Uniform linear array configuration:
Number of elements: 16
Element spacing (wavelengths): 0.75
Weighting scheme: blackman
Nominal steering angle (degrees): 30
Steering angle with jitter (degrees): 30.675
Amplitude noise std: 0.05
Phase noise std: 0.05

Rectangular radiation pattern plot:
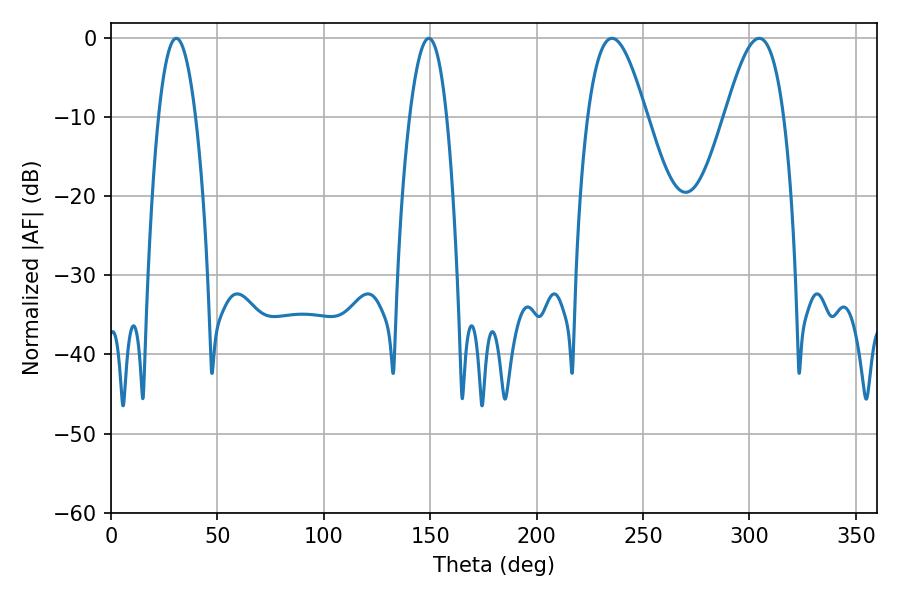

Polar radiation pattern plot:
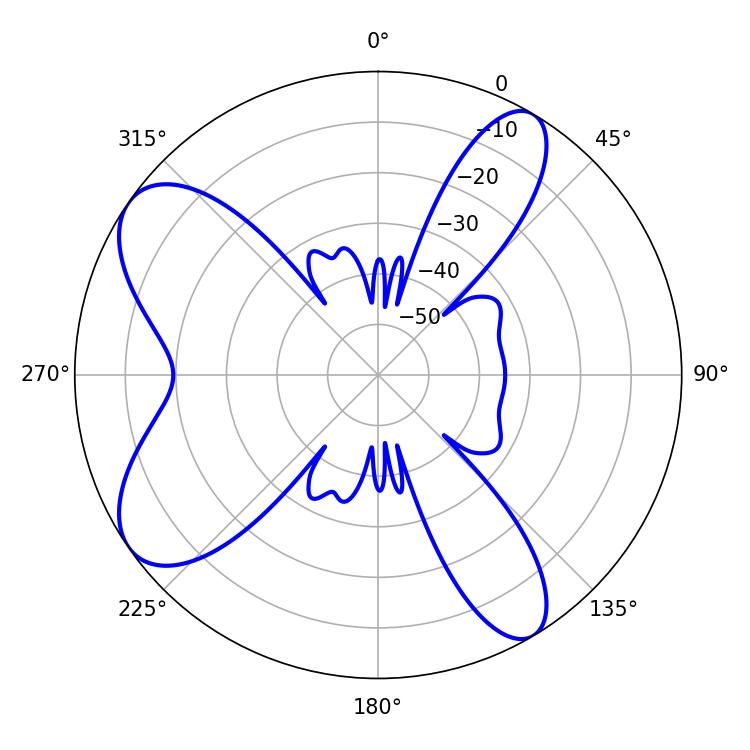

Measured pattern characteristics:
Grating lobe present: TRUE
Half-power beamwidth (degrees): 14.94
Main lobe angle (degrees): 235.44